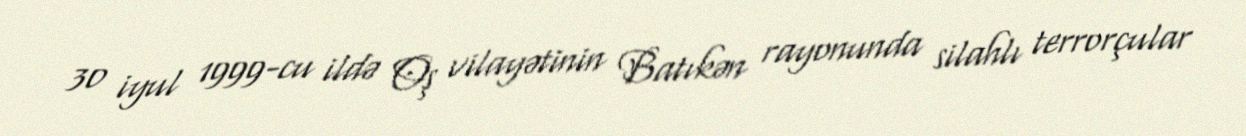
30 iyul 1999-cu ildə Oş vilayətinin Batıkən rayonunda silahlı terrorçular